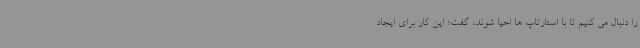
را دنبال می کنیم تا با استارتاپ ها احیا شوند، گفت؛ این کار برای ایجاد